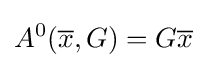
A^{0}({\overline {x}},G)=G{\overline {x}}